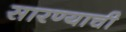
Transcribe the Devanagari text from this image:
सारण्याची